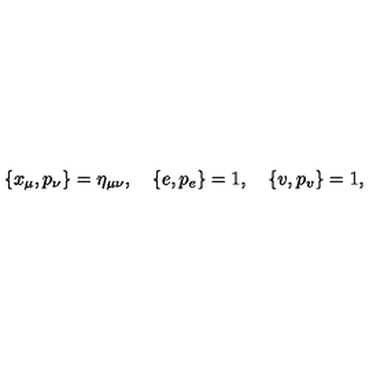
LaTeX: \{ x _ { \mu } , p _ { \nu } \} = \eta _ { \mu \nu } , \quad \{ e , p _ { e } \} = 1 , \quad \{ v , p _ { v } \} = 1 ,